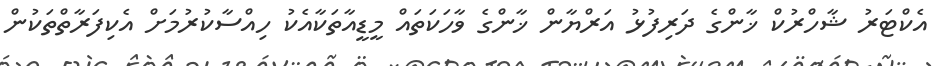
އެކްޓަރު ޝާހްރުކް ޚާންގެ ދަރިފުޅު އަރްޔާން ޚާންގެ ވާހަކަތައް މީޑީއާތަކާއެކު ހިއްސާކުރުމަށް އެކިފަރާތްތަކުން